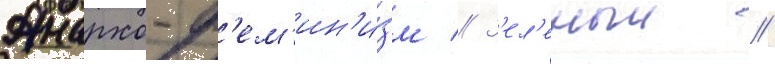
Анархо-ф'ем'ин'и́зм // З'ел'еныи //